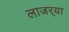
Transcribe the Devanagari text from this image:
लाजर्‍या